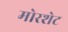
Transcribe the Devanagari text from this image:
मोरशेट